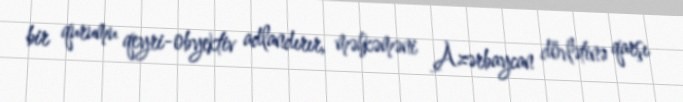
bir qurumu qeyri-obyektiv adlandırır, məhkəməni Azərbaycan dövlətinə qarşı